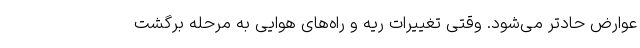
عوارض حادتر می‌شود. وقتی تغییرات ریه و راه‌های هوایی به مرحله برگشت